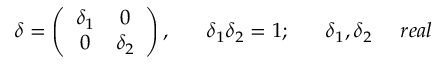
\delta = \left( \begin{array} { c c } { { \delta _ { 1 } } } & { { 0 } } \\ { { 0 } } & { { \delta _ { 2 } } } \end{array} \right) , ~ ~ ~ ~ ~ \delta _ { 1 } \delta _ { 2 } = 1 ; ~ ~ ~ ~ ~ \delta _ { 1 } , \delta _ { 2 } ~ ~ ~ ~ r e a l